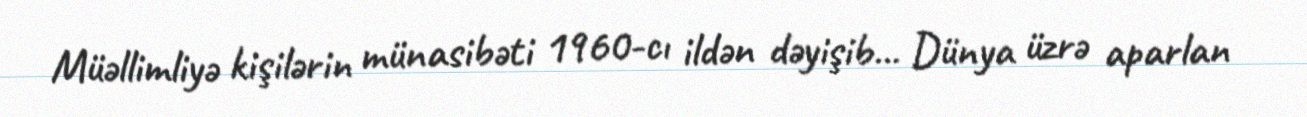
Müəllimliyə kişilərin münasibəti 1960-cı ildən dəyişib... Dünya üzrə aparlan